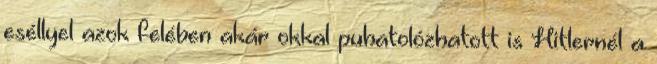
eséllyel azok felében akár okkal puhatolózhatott is Hitlernél a